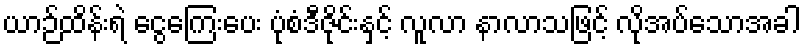
ယာဉ်ထိန်းရဲ ငွေကြေးပေး ပုံစံဒီဇိုင်းနှင့် လူလာ နာလာသဖြင့် လိုအပ်သောအခါ